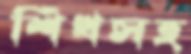
শিখসহ